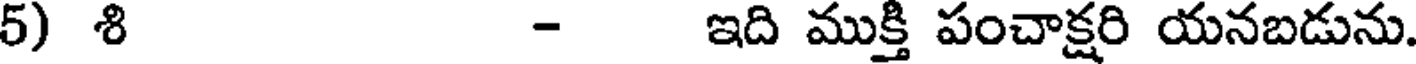
5) శి - ఇది ముక్తి పంచాక్షరి యనబడును.